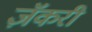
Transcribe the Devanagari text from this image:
ज़ॅकरी